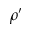
\rho ^ { \prime }